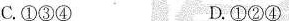
C.①③④ D.①②④